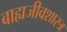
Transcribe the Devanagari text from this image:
बाह्यजीवशास्त्र